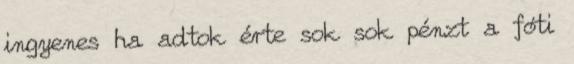
ingyenes ha adtok érte sok sok pénzt a fóti